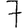
Digit: 7